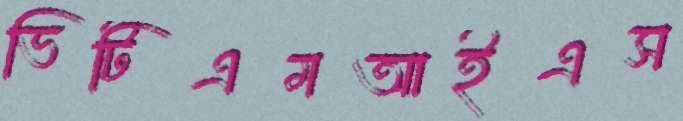
ভিটিএমআইএস